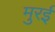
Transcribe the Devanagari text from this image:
मुरई